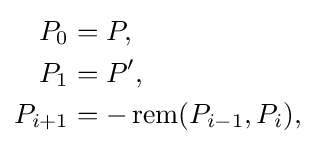
{\begin{aligned}P_{0}&=P,\\P_{1}&=P',\\P_{i+1}&=-\operatorname {rem} (P_{i-1},P_{i}),\end{aligned}}